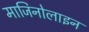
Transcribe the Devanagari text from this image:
माजिनोलाइन